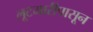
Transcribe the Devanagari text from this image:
लूटमारीपासून